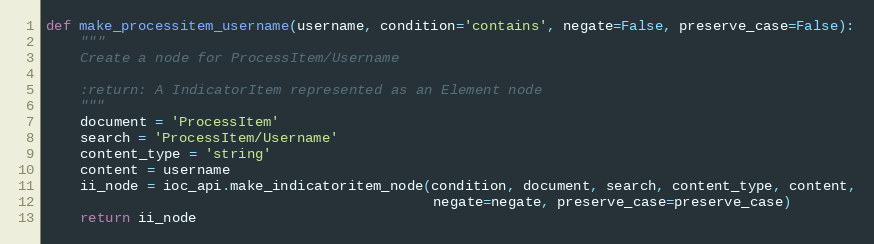
Language: Python
def make_processitem_username(username, condition='contains', negate=False, preserve_case=False):
    """
    Create a node for ProcessItem/Username

    :return: A IndicatorItem represented as an Element node
    """
    document = 'ProcessItem'
    search = 'ProcessItem/Username'
    content_type = 'string'
    content = username
    ii_node = ioc_api.make_indicatoritem_node(condition, document, search, content_type, content,
                                              negate=negate, preserve_case=preserve_case)
    return ii_node